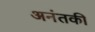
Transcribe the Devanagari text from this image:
अनंतकी